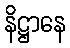
နိဋ္ဌာနေ